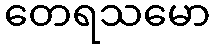
တေရသမော